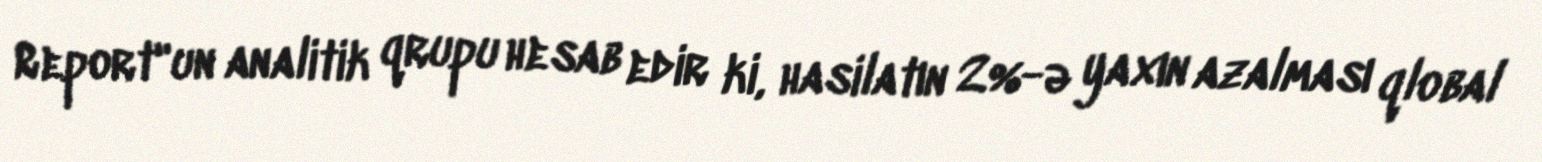
Report"un analitik qrupu hesab edir ki, hasilatın 2%-ə yaxın azalması qlobal